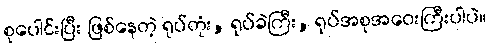
စုပေါင်းပြီး ဖြစ်နေတဲ့ ရုပ်တုံး, ရုပ်ခဲကြီး, ရုပ်အစုအဝေးကြီးပါပဲ။